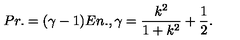
P r . = ( \gamma - 1 ) E n . , \gamma = \frac { k ^ { 2 } } { 1 + k ^ { 2 } } + \frac { 1 } { 2 } .